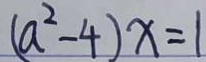
( a ^ { 2 } - 4 ) x = 1